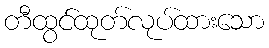
တီထွင်ထုတ်လုပ်ထားသော